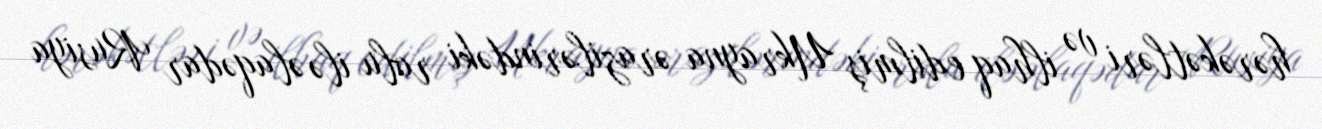
hərəkətləri və ilhaq edilmiş Ukrayna ərazilərindəki rolu ilə əlaqədar Rusiya